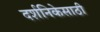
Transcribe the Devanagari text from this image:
दर्शनिकेसाठी